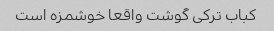
کباب ترکی گوشت واقعا خوشمزه است